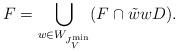
LaTeX: \begin{align*}F = \bigcup_{w \in W_{J^{\min}_V}} (F \cap \tilde{w}wD).\end{align*}